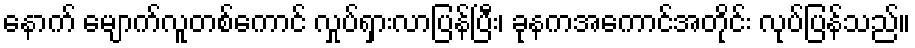
နောက် မျောက်လူတစ်ကောင် လှုပ်ရှားလာပြန်ပြီး၊ ခုနကအကောင်အတိုင်း လုပ်ပြန်သည်။